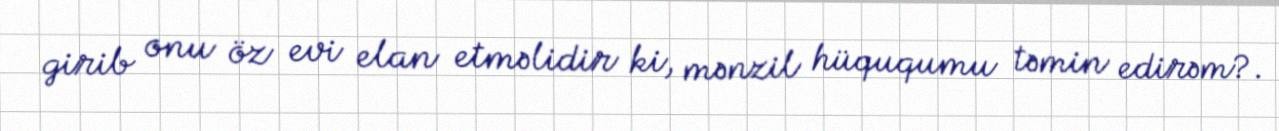
girib onu öz evi elan etməlidir ki, mənzil hüququmu təmin edirəm?.